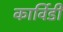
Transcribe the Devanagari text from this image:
कार्विडी